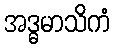
အဒ္ဓမာသိကံ